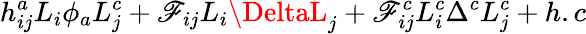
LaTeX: h_{ij}^{a}L_{i}\phi_{a}L_{j}^{c}+\mathscr{F}_{ij}L_{i}\DeltaL_{j}+\mathscr{F}_{ij}^{c}L_{i}^{c}\Delta^{c}L_{j}^{c}+h.c